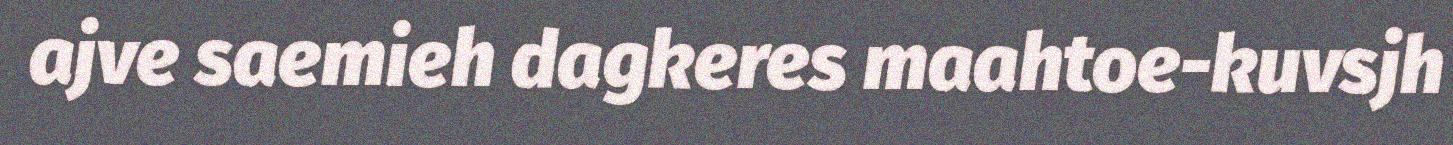
ajve saemieh dagkeres maahtoe-kuvsjh